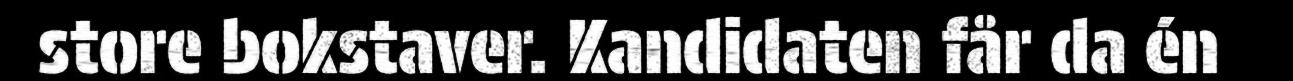
store bokstaver. Kandidaten får da én